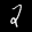
Label: 2